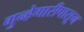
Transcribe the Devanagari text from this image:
गुन्हेगारीपासून